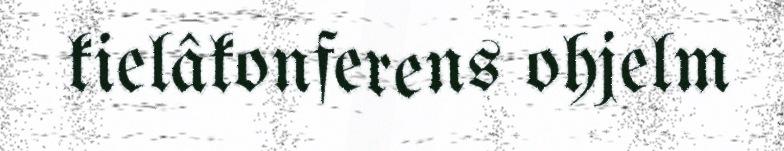
kielâkonferens ohjelm